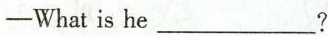
——What is he___?